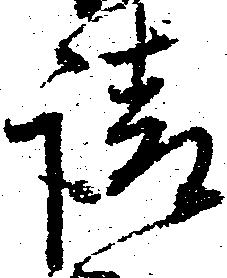
請